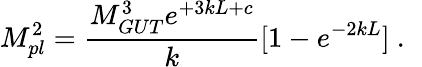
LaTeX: M_{pl}^{2}={\frac{M_{GUT}^{3}e^{+3kL+c}}{\displaystyle k}}[1-e^{-2kL}]~.~\,